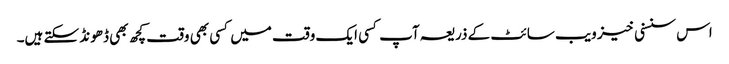
اس سنسنی خیز ویب سائٹ کے ذریعہ آپ کسی ایک وقت میں کسی بھی وقت کچھ بھی ڈھونڈ سکتے ہیں۔